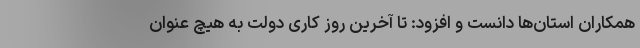
همکاران استان‌ها دانست و افزود: تا آخرین روز کاری دولت به هیچ عنوان